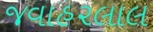
જવાહ૨લાલ